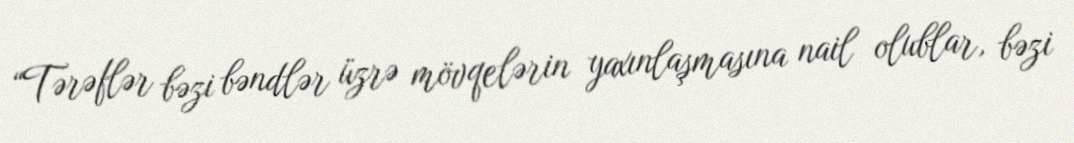
“Tərəflər bəzi bəndlər üzrə mövqelərin yaxınlaşmasına nail olublar, bəzi